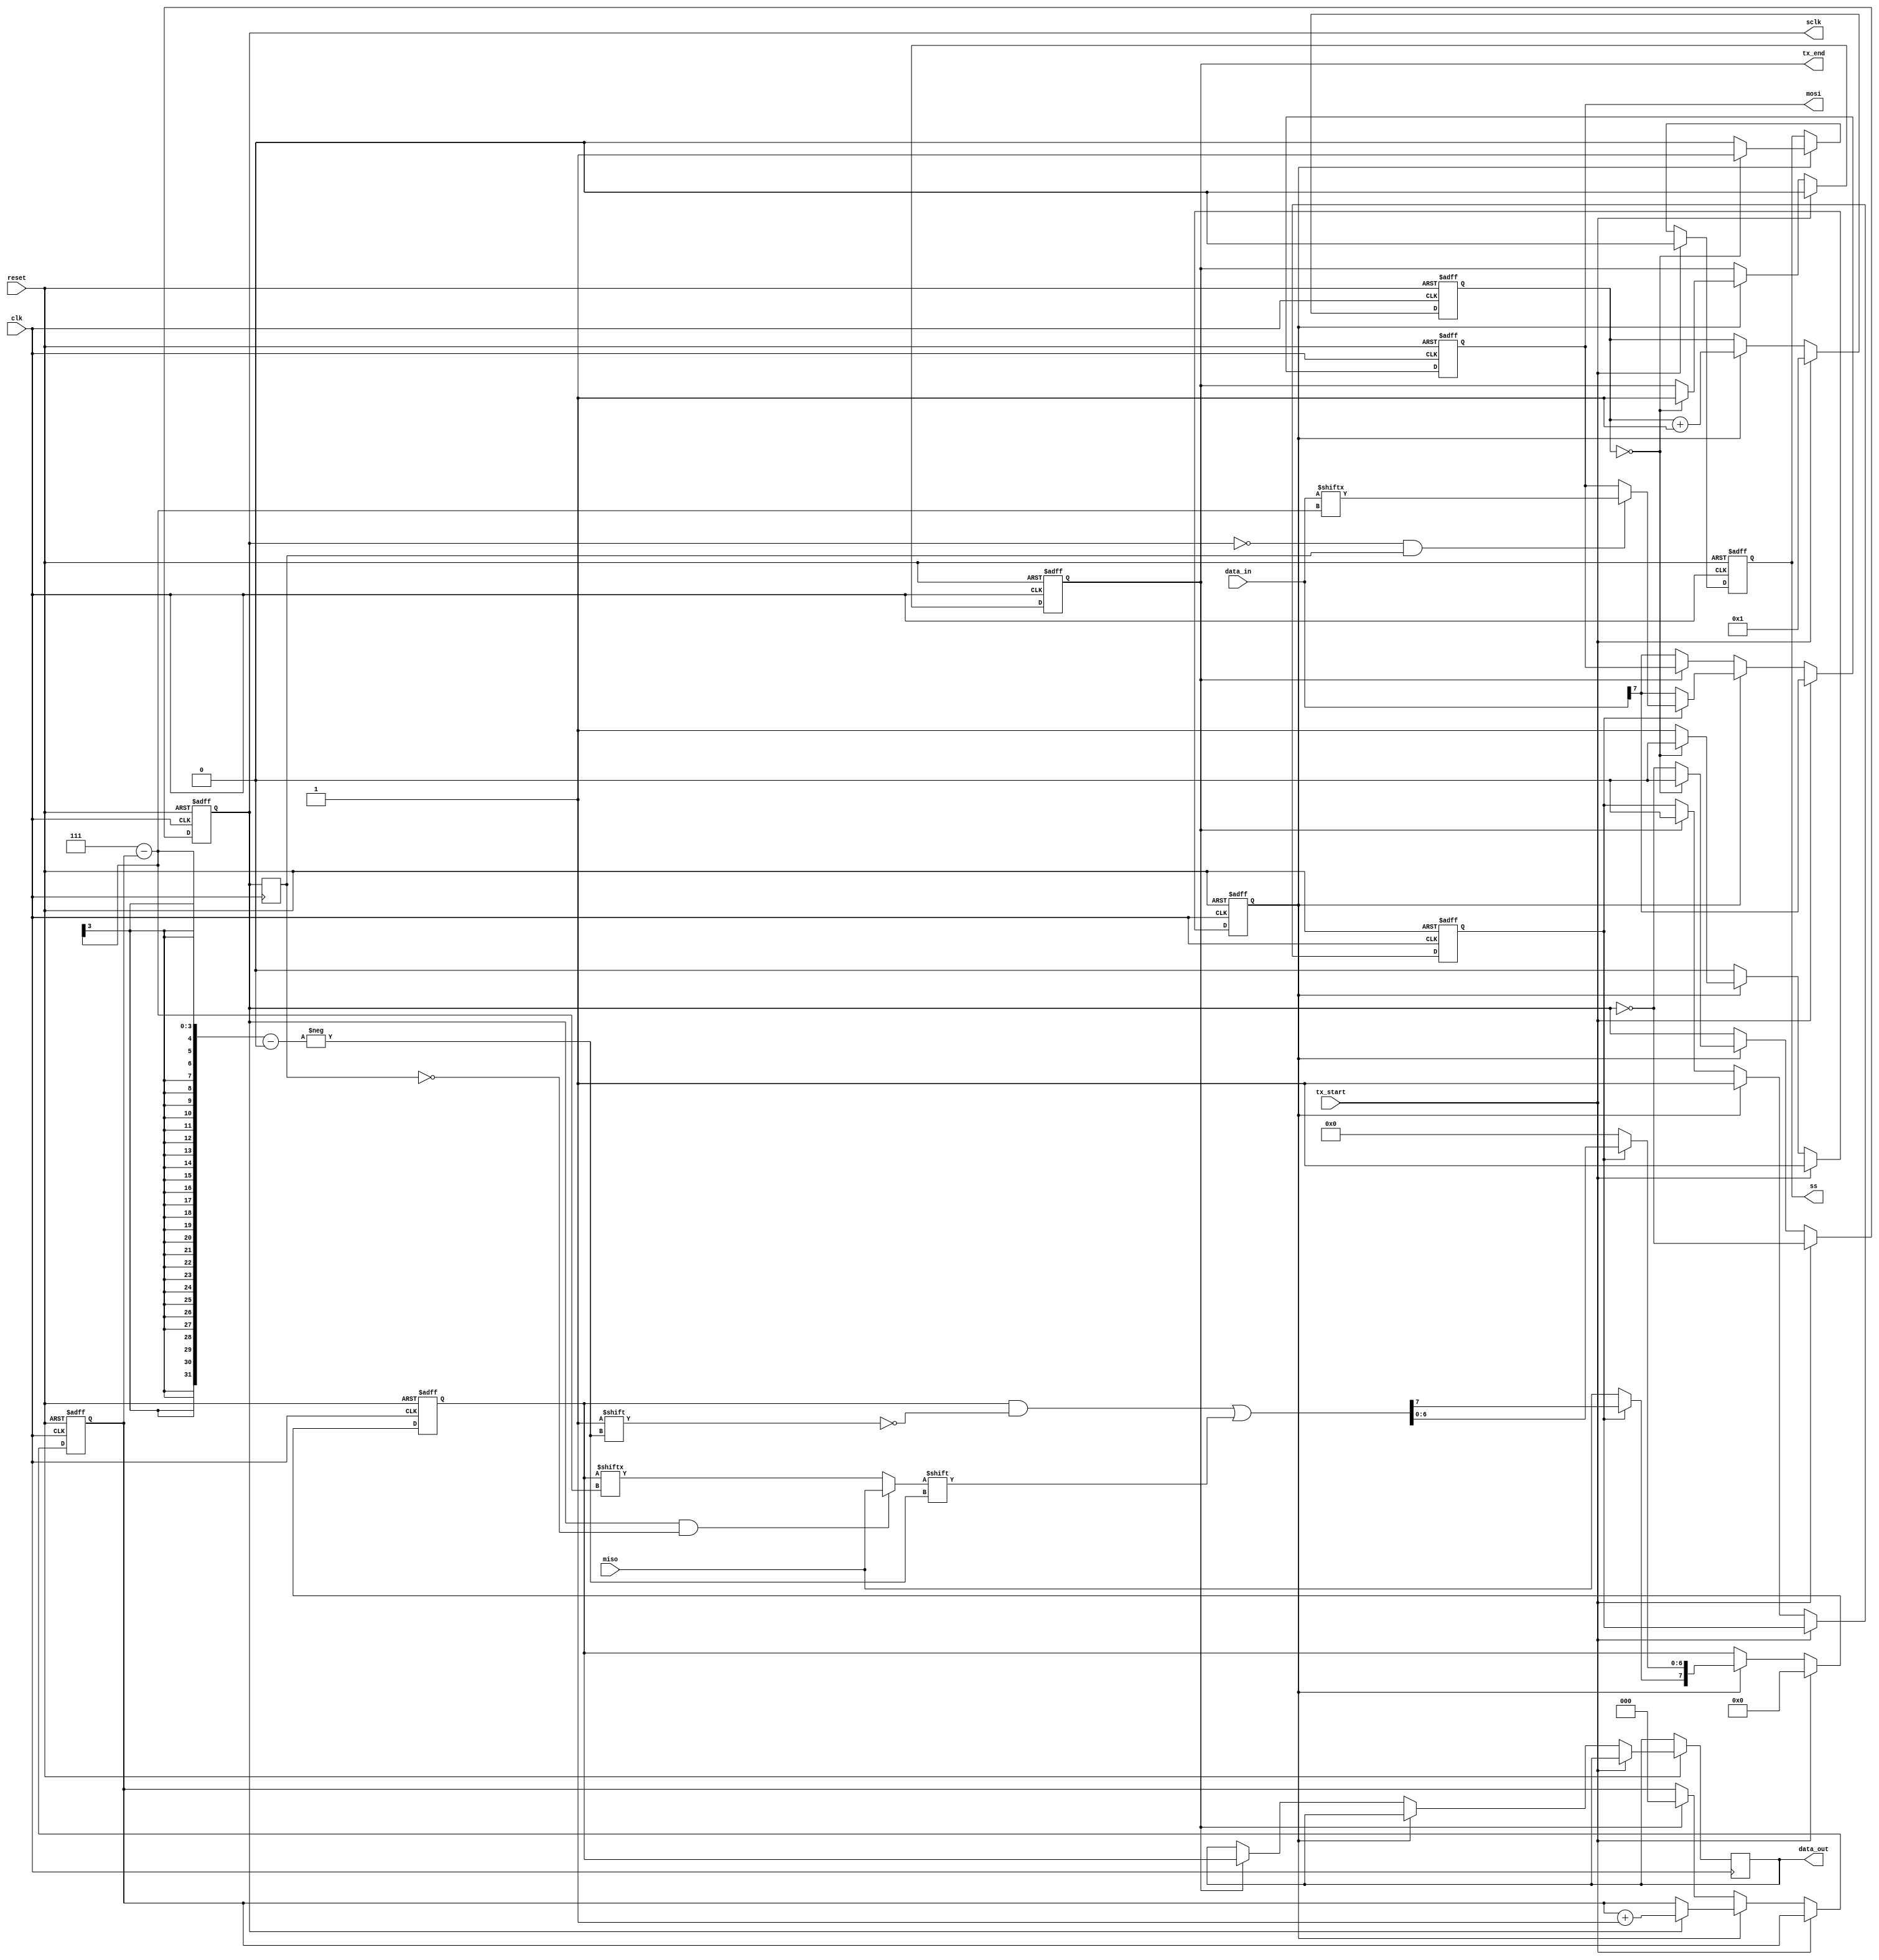
`timescale 1ns / 1ps
//////////////////////////////////////////////////////////////////////////////////
// Company: 
// Engineer: 
// 
// Design Name: 
// Module Name: SPI_Master
// Project Name: 
// Target Devices: 
// Tool Versions: 
// Description: 
// 
// Dependencies: 
// 
// Revision:
// Revision 0.01 - File Created
// Additional Comments:
// 
//////////////////////////////////////////////////////////////////////////////////


module SPI_Master
    #(parameter mode = 2'b00,bits_num = 8)(
    input clk,
    input reset,
    input tx_start,
    input [bits_num - 1:0] data_in,
    input miso,
    output reg sclk,
    output reg ss,
    output reg mosi,
    output reg tx_end,
    output reg [bits_num - 1:0] data_out
    );
    
    wire CPOL,CPHA;
    reg sclk_reg;
    wire neg_edge,pos_edge;
    reg [$clog2(bits_num) - 1:0] n;
    reg [$clog2(bits_num):0] counts;
    reg start;
    reg flag; 
    reg [bits_num - 1:0] data;
	
    assign {CPOL,CPHA} = mode;

    always @ (posedge clk) begin
        sclk_reg <= sclk;
    end
    
    assign pos_edge = sclk & !sclk_reg;
    assign neg_edge = !sclk & sclk_reg;
    
    always @(posedge clk,negedge reset) begin
        if(!reset) begin
            mosi <= 'b0;
            n <= 'b0;
            flag <= 'b0;
            counts <= 'b0;
            tx_end <= 'b0;
            sclk <= CPOL;
            ss <= 'b1;
            start <= 'b0;
            data <= 8'b0;
        end
        
        else if(tx_start) begin
			counts <= 'b1;
			sclk <= ~sclk;
			ss <= 'b0;
			start <= 'b1;
			tx_end <= 'b0;
			data <= 'b0;
			mosi <= data_in[bits_num - 1];
        end
        
        else if(start) begin
            counts <= counts + 1;
            ss <= 'b0;
			
            if(counts % 2 != 0) begin
                sclk <= ~sclk;
            end
            else begin
                sclk <= ~sclk;
            end
			
            if(counts == 2*bits_num | counts == 0) begin
                
                tx_end <= 'b1;
                ss <= 'b1;
                sclk <= CPOL;
                start <= 'b0;
            end
            
            n <= (CPOL)?((sclk)?(n):(n + 1)):((sclk)?(n + 1):(n));
			
            if(flag == 0) begin
                mosi <= data_in[bits_num - 1];
                data[bits_num - 2:0] <= 'b0;
                data[bits_num - 1] <= (CPHA)?(data[bits_num - 1]):(miso);
                flag <= 'b1;
            end
			
            else begin
                case(mode)
                    'b00: begin
                        mosi <= (neg_edge)?(data_in[bits_num-1-n]):(mosi);
                        data[bits_num-1-n] <= (pos_edge)?(miso):(data[bits_num-1-n]);
                    end
                    'b01: begin
                        mosi <= (pos_edge)?(data_in[bits_num-1-n]):(mosi);
                        if(n == 0)
                            data[0] <= (neg_edge)?(miso):(data[0]);
                        else
                           data[bits_num-n] <= (neg_edge)?(miso):(data[bits_num-n]);
                    end
                    'b10: begin
                        mosi <= (pos_edge)?(data_in[bits_num-1-n]):(mosi);
                        data[bits_num-1-n] <= (neg_edge)?(miso):(data[bits_num-1-n]);
                    end
                    'b11: begin
                        mosi <= (neg_edge)?(data_in[bits_num-1-n]):(mosi);
                        if(n == 0) begin
                            data[0] <= (pos_edge)?(miso):(data[0]);
                        end
                        else begin
                            data[bits_num-n] <= (pos_edge)?(miso):(data[bits_num-n]);
                        end
                    end
                endcase
            end
        end
		
        else if(tx_end) begin
            data_out <= data;
            flag <= 'b0;
            n <= 'b0;
        end
		
        else
            mosi <= data_in[bits_num - 1];
    end
endmodule